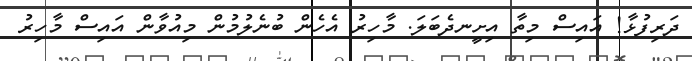
ދަރިފުޅާ! އައިސް މިތާ އިށީނދެބަލަ. މާހިރު އެހެން ބުނެލުމުން މިއުވާން އައިސް މާހިރު